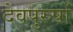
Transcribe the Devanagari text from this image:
देवपुरुषों